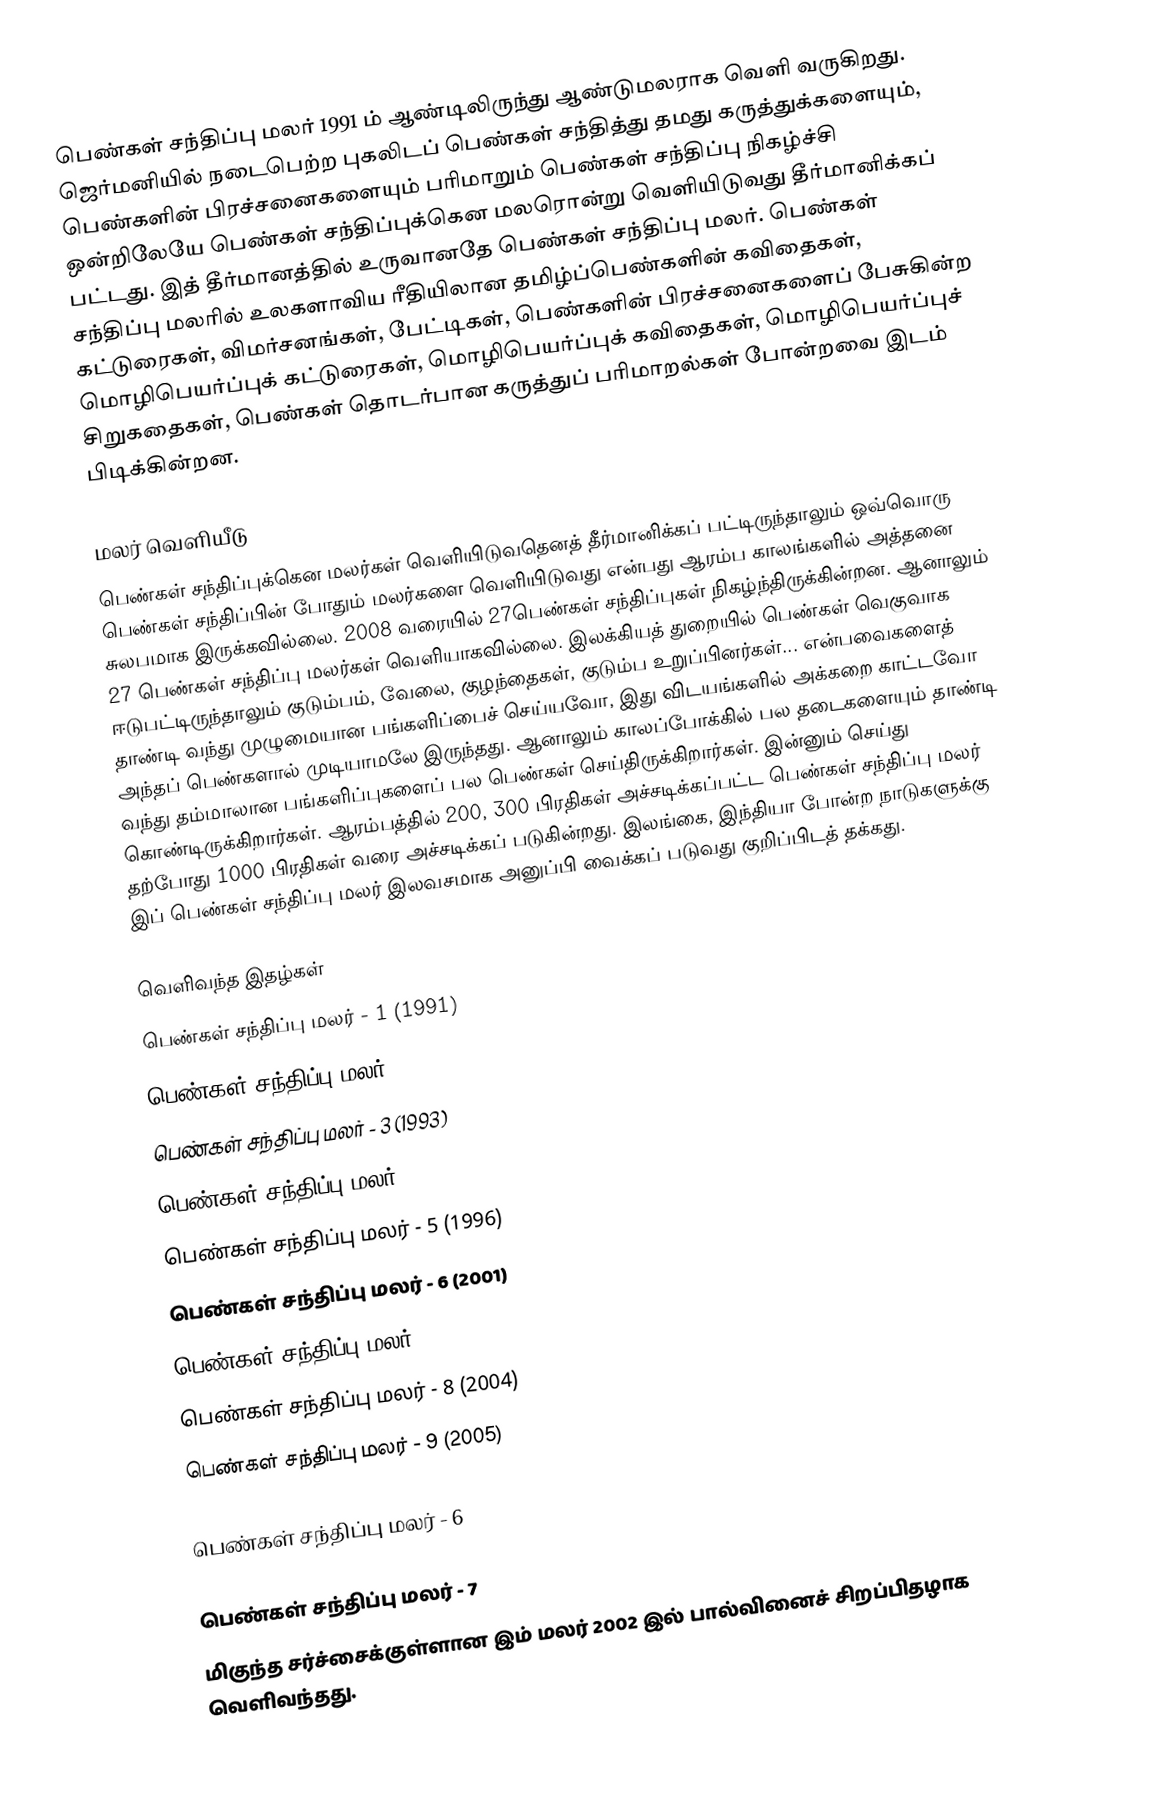
பெண்கள் சந்திப்பு மலர் 1991 ம் ஆண்டிலிருந்து ஆண்டுமலராக வெளி வருகிறது. ஜெர்மனியில் நடைபெற்ற புகலிடப் பெண்கள் சந்தித்து தமது கருத்துக்களையும், பெண்களின் பிரச்சனைகளையும் பரிமாறும் பெண்கள் சந்திப்பு நிகழ்ச்சி ஒன்றிலேயே பெண்கள் சந்திப்புக்கென மலரொன்று வெளியிடுவது தீர்மானிக்கப் பட்டது. இத் தீர்மானத்தில் உருவானதே பெண்கள் சந்திப்பு மலர். பெண்கள் சந்திப்பு மலரில் உலகளாவிய ரீதியிலான தமிழ்ப்பெண்களின் கவிதைகள், கட்டுரைகள், விமர்சனங்கள், பேட்டிகள், பெண்களின் பிரச்சனைகளைப் பேசுகின்ற மொழிபெயர்ப்புக் கட்டுரைகள், மொழிபெயர்ப்புக் கவிதைகள், மொழிபெயர்ப்புச் சிறுகதைகள், பெண்கள் தொடர்பான கருத்துப் பரிமாறல்கள் போன்றவை இடம் பிடிக்கின்றன.

மலர் வெளியீடு
பெண்கள் சந்திப்புக்கென மலர்கள் வெளியிடுவதெனத் தீர்மானிக்கப் பட்டிருந்தாலும் ஒவ்வொரு பெண்கள் சந்திப்பின் போதும் மலர்களை வெளியிடுவது என்பது ஆரம்ப காலங்களில் அத்தனை சுலபமாக இருக்கவில்லை. 2008 வரையில் 27பெண்கள் சந்திப்புகள் நிகழ்ந்திருக்கின்றன. ஆனாலும் 27 பெண்கள் சந்திப்பு மலர்கள் வெளியாகவில்லை. இலக்கியத் துறையில் பெண்கள் வெகுவாக ஈடுபட்டிருந்தாலும் குடும்பம், வேலை, குழந்தைகள், குடும்ப உறுப்பினர்கள்... என்பவைகளைத் தாண்டி வந்து முழுமையான பங்களிப்பைச் செய்யவோ, இது விடயங்களில் அக்கறை காட்டவோ அந்தப் பெண்களால் முடியாமலே இருந்தது. ஆனாலும் காலப்போக்கில் பல தடைகளையும் தாண்டி வந்து தம்மாலான பங்களிப்புகளைப் பல பெண்கள் செய்திருக்கிறார்கள். இன்னும் செய்து கொண்டிருக்கிறார்கள். ஆரம்பத்தில் 200, 300 பிரதிகள் அச்சடிக்கப்பட்ட பெண்கள் சந்திப்பு மலர் தற்போது 1000 பிரதிகள் வரை அச்சடிக்கப் படுகின்றது. இலங்கை, இந்தியா போன்ற நாடுகளுக்கு இப் பெண்கள் சந்திப்பு மலர் இலவசமாக அனுப்பி வைக்கப் படுவது குறிப்பிடத் தக்கது.

வெளிவந்த இதழ்கள்
 பெண்கள் சந்திப்பு மலர் - 1 (1991)
 பெண்கள் சந்திப்பு மலர் - 2
 பெண்கள் சந்திப்பு மலர் - 3 (1993)
 பெண்கள் சந்திப்பு மலர் - 4 (1995)
 பெண்கள் சந்திப்பு மலர் - 5 (1996)
 பெண்கள் சந்திப்பு மலர் - 6 (2001)
 பெண்கள் சந்திப்பு மலர் - 7 (2002)
 பெண்கள் சந்திப்பு மலர் - 8 (2004)
 பெண்கள் சந்திப்பு மலர் - 9 (2005)

பெண்கள் சந்திப்பு மலர் - 6

பெண்கள் சந்திப்பு மலர் - 7
மிகுந்த சர்ச்சைக்குள்ளான இம் மலர் 2002 இல் பால்வினைச் சிறப்பிதழாக வெளிவந்தது.